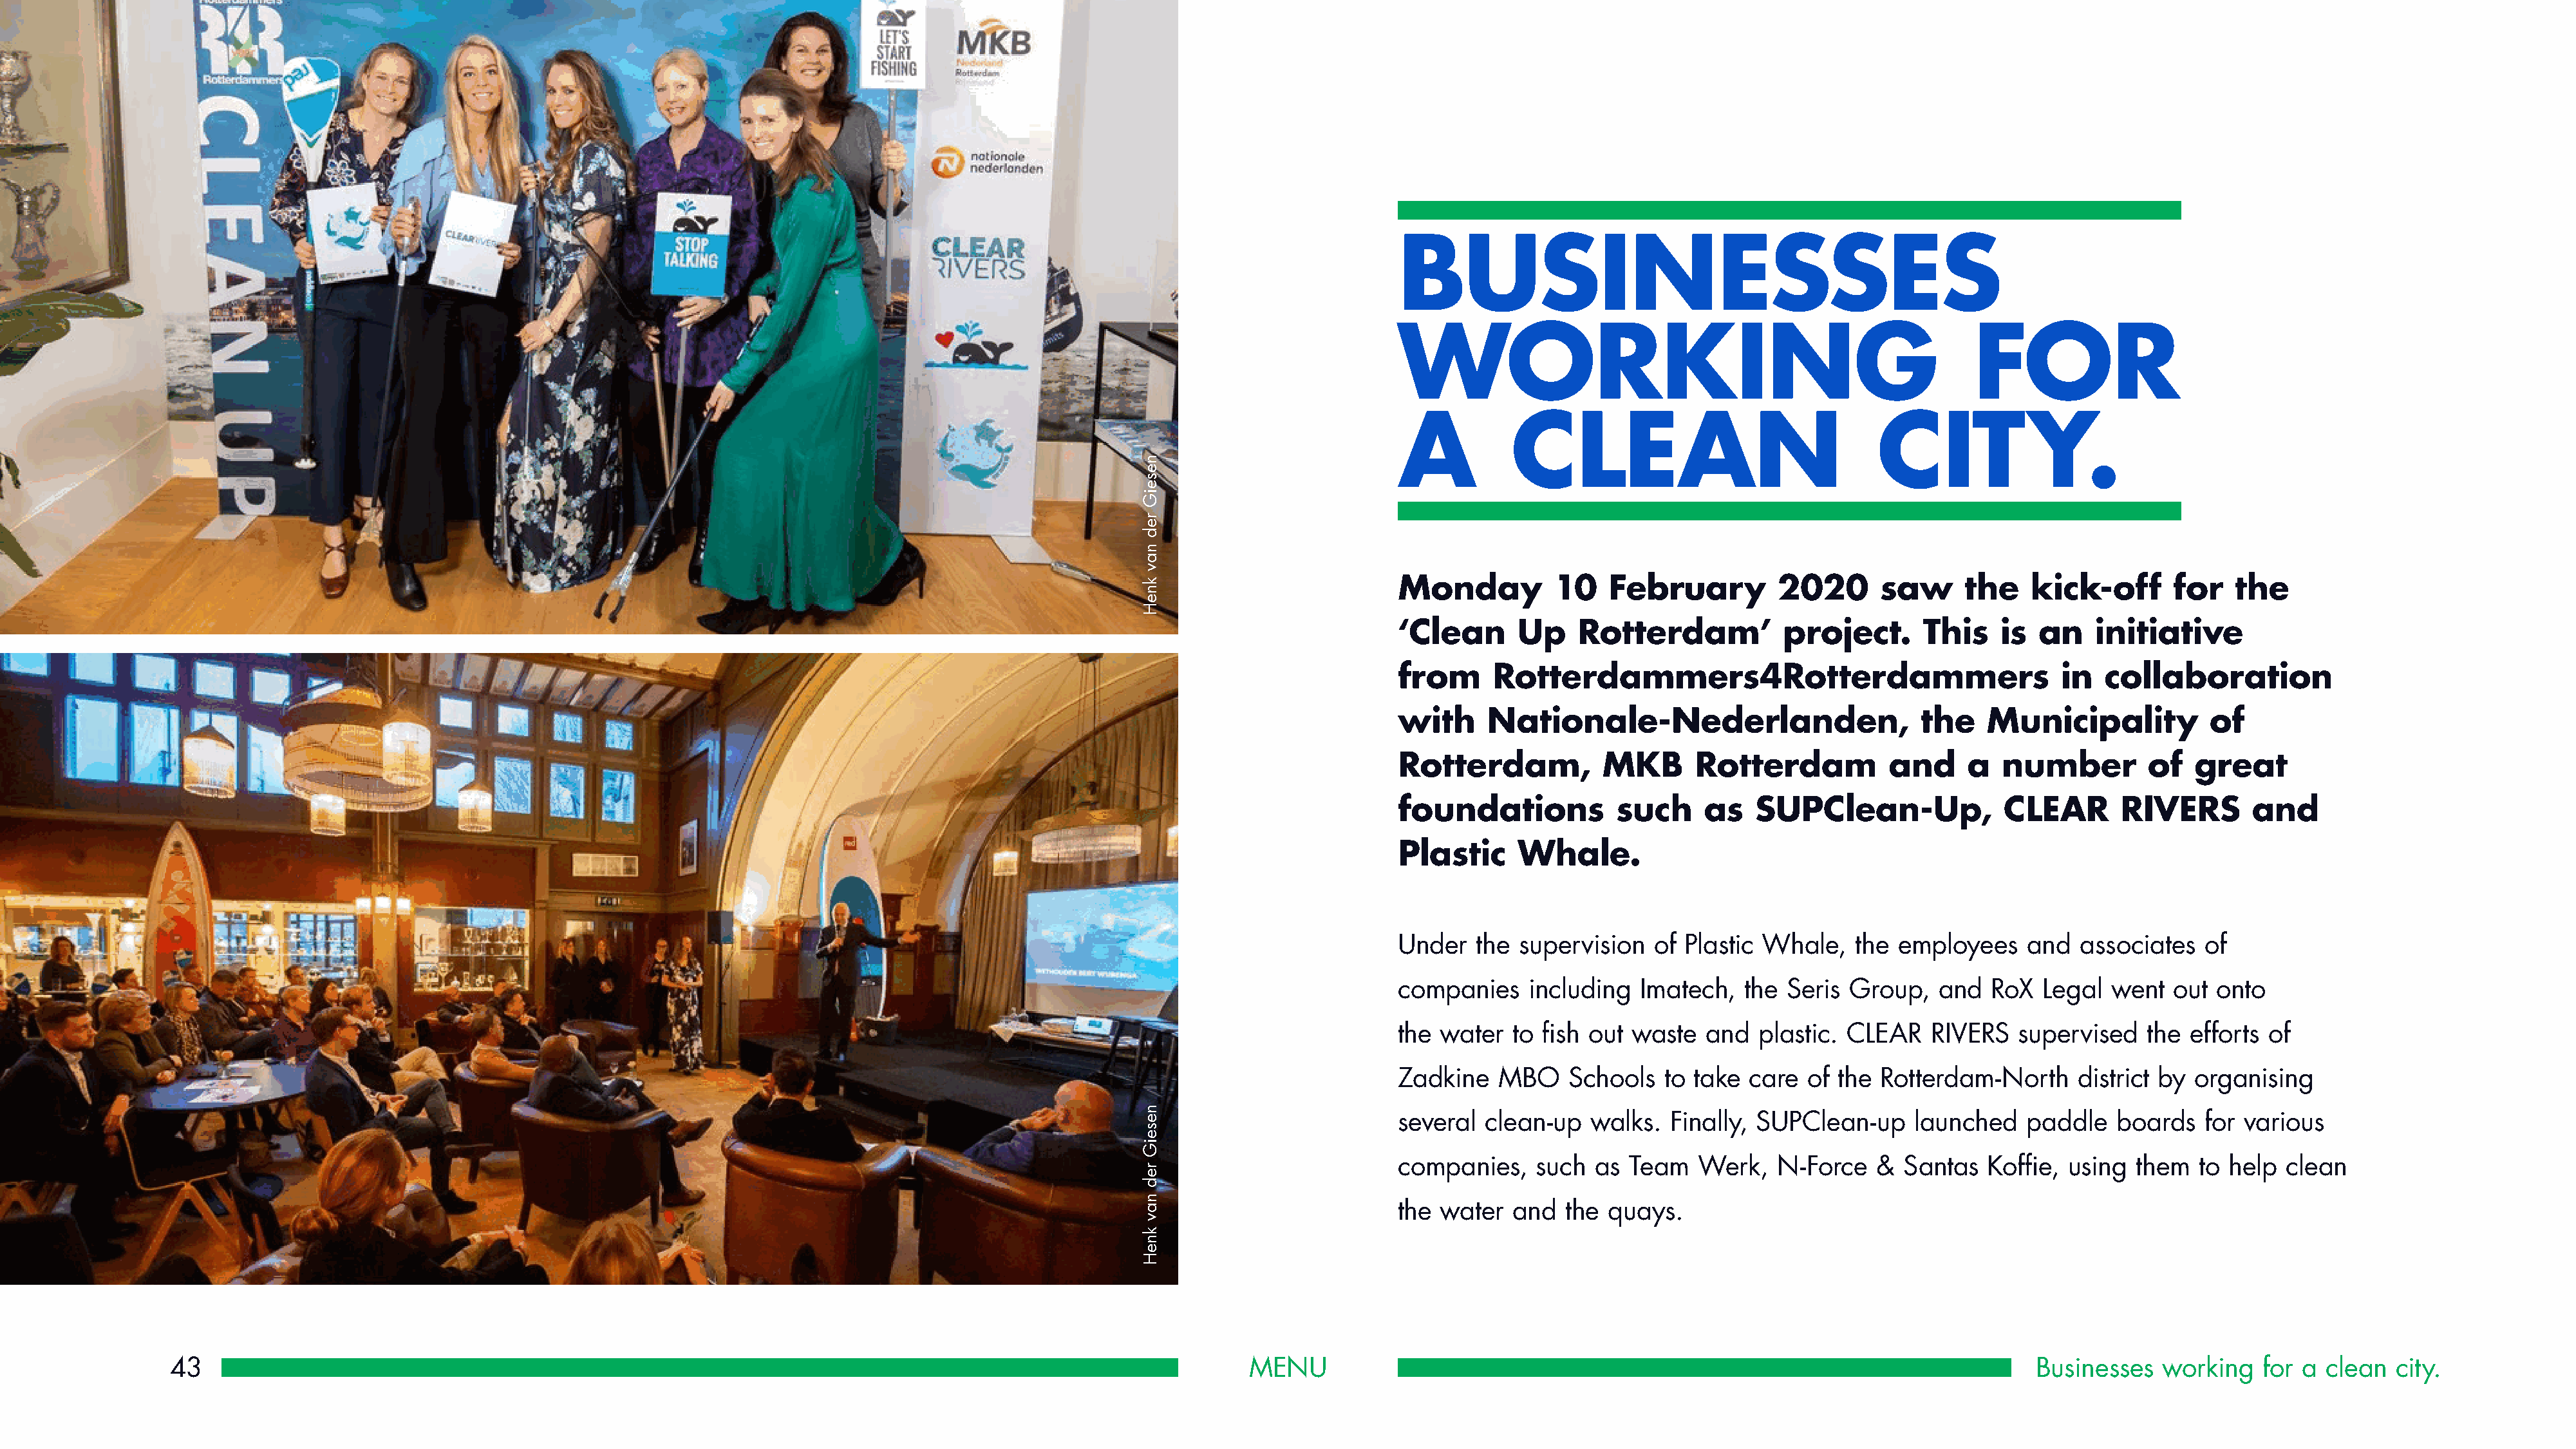
BUSINESSES
 WORKING                                                    FOR
 A          CLEAN                                 CITY.
 Monday          10   February          2020      saw      the    kick-off      for    the
 ‘Clean      Up    Rotterdam’           project.       This    is  an   initiative
 from     Rotterdammers4Rotterdammers                                in  collaboration
 with     Nationale-Nederlanden,                      the    Municipality           of
 Rotterdam,           MKB      Rotterdam           and     a   number         of   great
 foundations           such     as   SUPClean-Up,              CLEAR       RIVERS        and
 Plastic     Whale.
 Under   the supervision   of Plastic Whale,    the employees    and   associates   of
 companies    including   Imatech,  the  Seris Group,   and   RoX  Legal  went  out  onto
 the water   to fish out waste  and   plastic. CLEAR   RIVERS   supervised    the efforts of
 Zadkine   MBO    Schools   to take  care  of the Rotterdam-North      district by organising
 several  clean-up   walks.  Finally, SUPClean-up     launched   paddle    boards   for various
 companies,    such  as  Team   Werk,   N-Force   &  Santas  Koffie,  using  them  to help  clean
 the water   and  the quays.
 43                                                                                                             MENU                                                                             Businesses   working    for a clean  city.
 neseiG
 red
 nav
 kneH
 neseiG
 red
 nav
 kneH